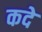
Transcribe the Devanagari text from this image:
कदे